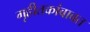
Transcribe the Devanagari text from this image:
गृहीतकांबाबत